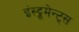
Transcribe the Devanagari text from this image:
इंस्ट्रूमेन्ट्स